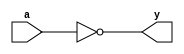
`timescale 1ns / 1ps
//////////////////////////////////////////////////////////////////////////////////
// Company: 
// Engineer: 
// 
// Design Name: 
// Module Name:    not_1 
// Project Name: 
// Target Devices: 
// Tool versions: 
// Description: 
//
// Dependencies: 
//
// Revision: 
// Revision 0.01 - File Created
// Additional Comments: 
//
//////////////////////////////////////////////////////////////////////////////////
module not_1(
    input a,
    output y
    );

assign y=!a;
endmodule